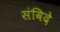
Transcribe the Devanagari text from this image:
संविदे